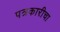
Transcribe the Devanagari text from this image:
पत्रकारीचा